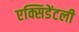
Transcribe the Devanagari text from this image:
एक्सिडेंटली